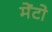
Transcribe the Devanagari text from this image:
मेंटो